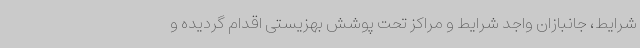
شرایط، جانبازان واجد شرایط و مراکز تحت پوشش بهزیستی اقدام گردیده و